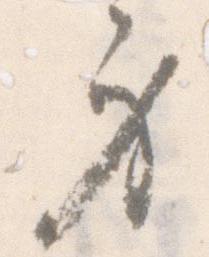
身